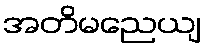
အတိမညေယျ